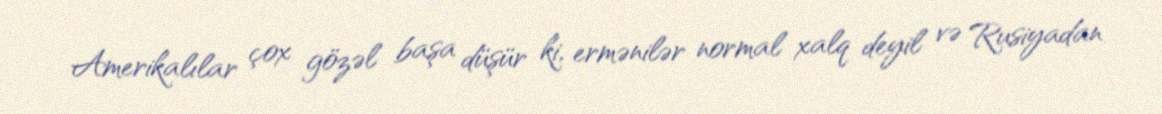
Amerikalılar çox gözəl başa düşür ki, ermənilər normal xalq deyil və Rusiyadan